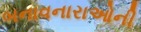
બનાવનારાઓની